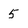
Character: 5